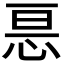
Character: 𭜩